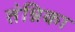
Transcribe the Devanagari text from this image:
तंन्निका